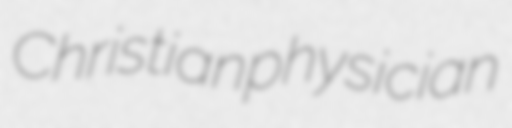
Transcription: Christian physician